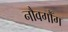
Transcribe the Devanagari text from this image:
नौवगौँग